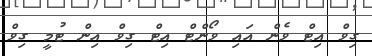
ގިވް އިޓް ވެން އައި ވޯންޓް އިޓް ގިވް އިން ޓުމީ ގިވް